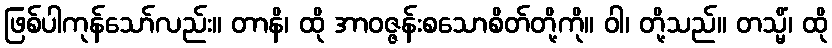
ဖြစ်ပါကုန်သော်လည်း။ တာနိ၊ ထို အာဝဇ္ဇန်းစသောစိတ်တို့ကို။ ဝါ၊ တို့သည်။ တသ္မိံ၊ ထို